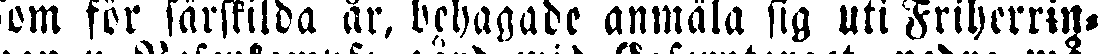
som för särskilda år, behagade anmäla sig uti Friherrin-